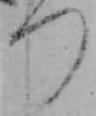
つ